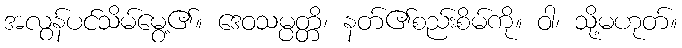
အလွန်ပင်သိမ်မွေ့၏။ ဒေဝသမ္ပတ္တိ၊ နတ်၏စည်းစိမ်ကို။ ဝါ၊ သို့မဟုတ်။